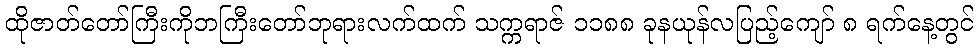
ထိုဇာတ်တော်ကြီးကိုဘကြီးတော်ဘုရားလက်ထက် သက္ကရာဇ် ၁၁၈၈ ခုနယုန်လပြည့်ကျော် ၈ ရက်နေ့တွင်